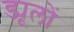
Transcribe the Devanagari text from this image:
ड्यूलों